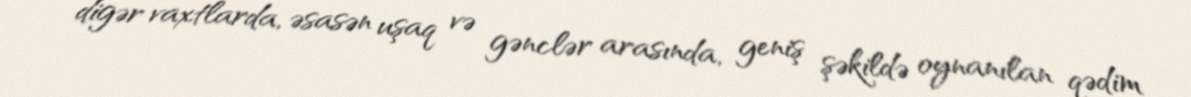
digər vaxtlarda, əsasən uşaq və gənclər arasında, geniş şəkildə oynanılan qədim